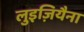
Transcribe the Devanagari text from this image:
लुइज़ियैना